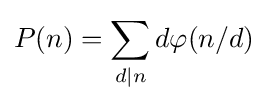
P(n)=\sum _{d\mid n}d\varphi (n/d)